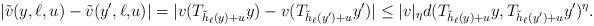
LaTeX: \begin{align*}|\tilde v(y,\ell,u)-\tilde v(y',\ell, & u)| =|v(T_{\tilde h_\ell(y)+u}y)- v(T_{\tilde h_\ell(y')+u}y')|\le |v|_\eta d(T_{\tilde h_\ell(y)+u}y,T_{\tilde h_\ell(y')+u}y')^\eta.\end{align*}